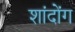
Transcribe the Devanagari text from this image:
शांदोंग